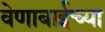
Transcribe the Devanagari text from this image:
वेणाबाईच्या